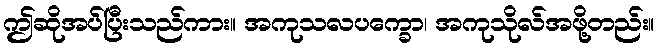
ဤဆိုအပ်ပြီးသည်ကား။ အကုသလပက္ခော၊ အကုသိုလ်အဖို့တည်း။